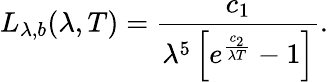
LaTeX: L_{\lambda,b}(\lambda,T)=\frac{c_{1}}{\lambda^{5}\left[e^{\frac{c_{2}}{\lambda T}}-1\right]}\mathrm{.}